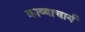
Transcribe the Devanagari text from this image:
काव्याचार्य